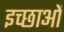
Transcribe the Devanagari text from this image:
इच्छाआें